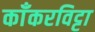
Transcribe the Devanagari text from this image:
काँकरविट्टा